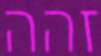
זהה